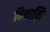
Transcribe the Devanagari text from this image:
दिवानि